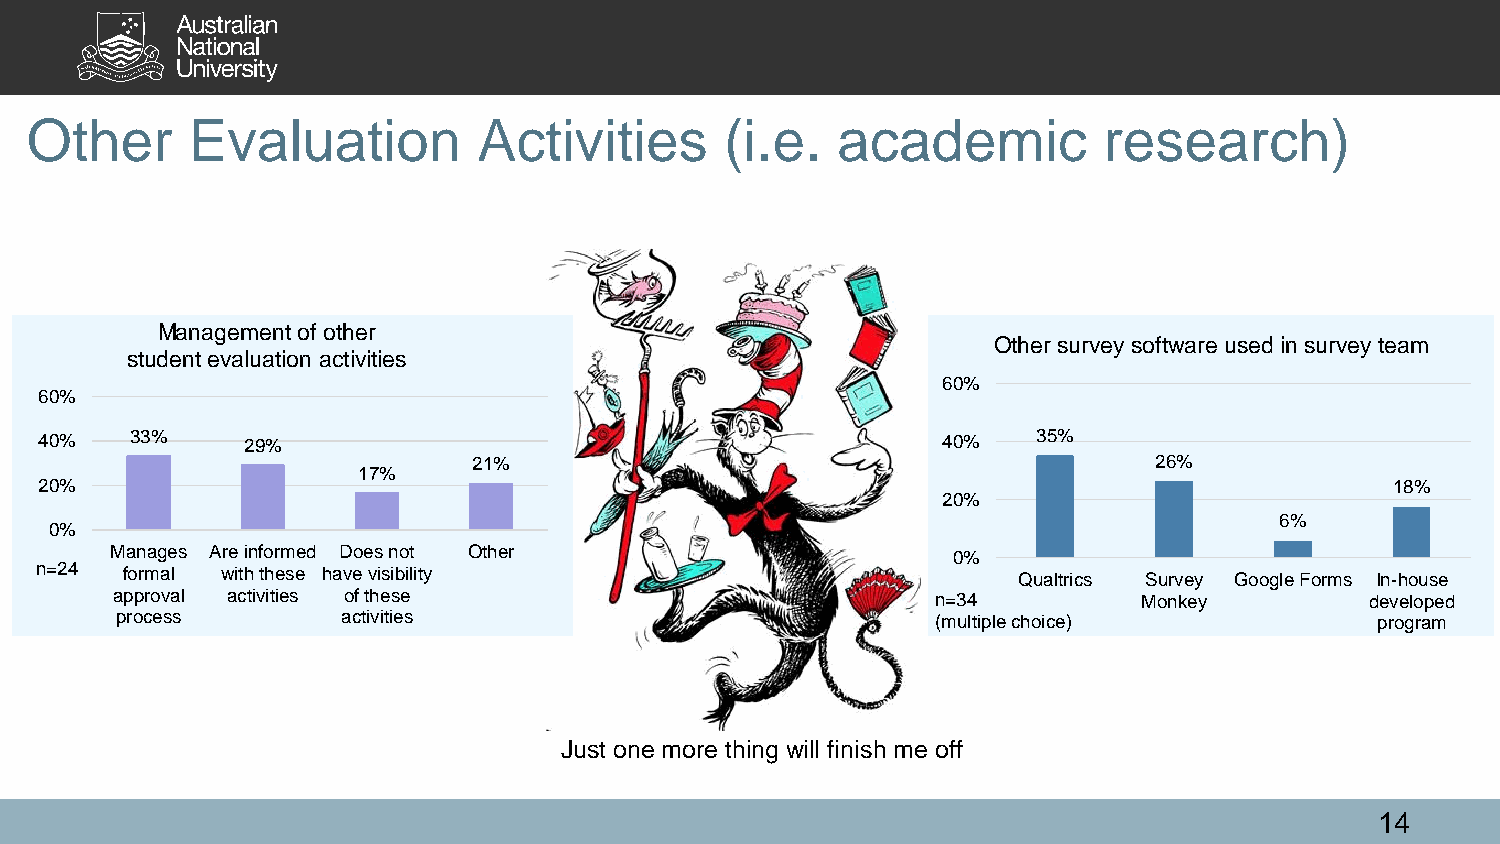
Other     Evaluation          Activities      (i.e.  academic          research)
 Management of other
 Other survey software used in survey team
 student evaluation activities
 60%
 60%
 40%   33%    29%                                           40%    35%
 21%                                          26%
 17%
 20%                                                                                      18%
 20%
 6%
 0%
 Manages Are informed Does not Other                     0%
 n=24  formal with these have visibility
 Qualtrics Survey Google Forms In-house
 approval activities of these                           n=34          Monkey         developed
 process        activities                             (multiple choice)            program
 Just one more thing will finish me off
 14